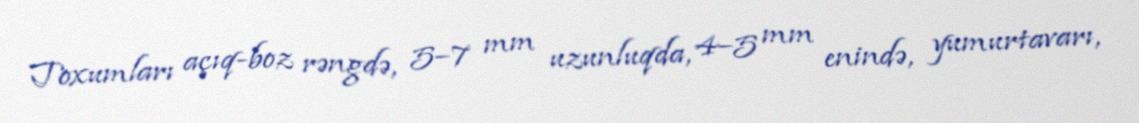
Toxumları açıq-boz rəngdə, 5–7 mm uzunluqda, 4–5 mm enində, yumurtavarı,